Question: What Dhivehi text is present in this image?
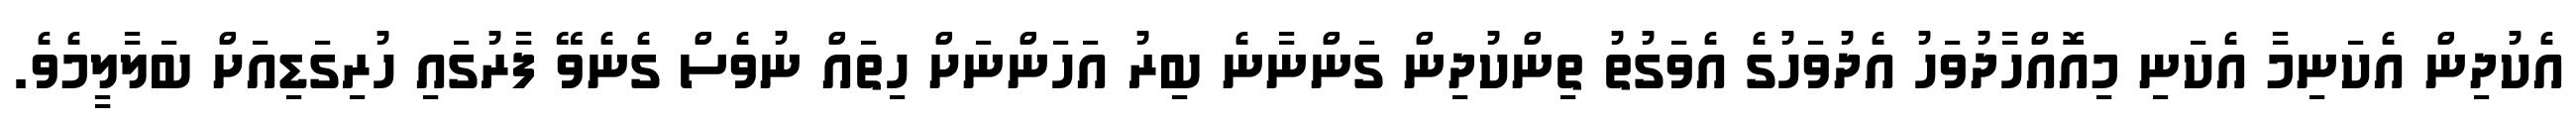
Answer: އެކުދިން އެކަނިމާ އެކަނި މިއޮއްހާދުވަހު އެދުވަހުގެ އެވަގުތު ތިންކުދިން ގަންނާނެ ބިރު އަހަންނަށް ހިތައް ނުވެސް ގެނެވޭ ފާރުގައި ހުރިގަޑިއަށް ބަލާލީމެވެ.